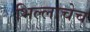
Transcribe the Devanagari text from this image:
भिल्लाचेच